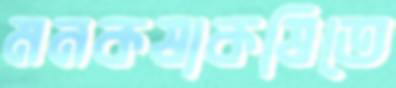
মনকষাকষিতে